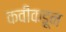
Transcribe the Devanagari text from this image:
कवींकडून